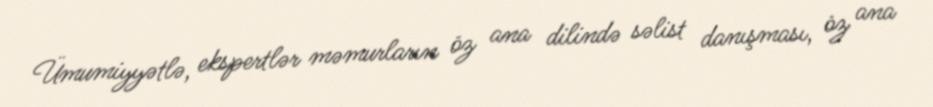
Ümumiyyətlə, ekspertlər məmurların öz ana dilində səlist danışması, öz ana